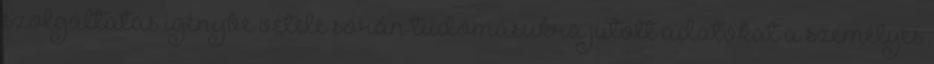
szolgáltatás igénybe vétele során tudomásukra jutott adatokat a személyes